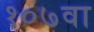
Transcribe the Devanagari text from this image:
१०७वा